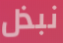
نبذل